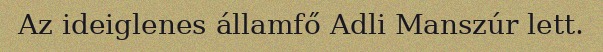
Az ideiglenes államfő Adli Manszúr lett.